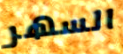
السهر